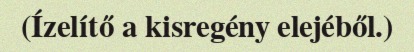
(Ízelítő a kisregény elejéből.)